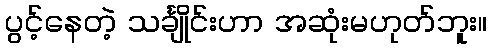
ပွင့်နေတဲ့ သင်္ချိုင်းဟာ အဆုံးမဟုတ်ဘူး။